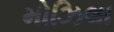
મોઝિલા